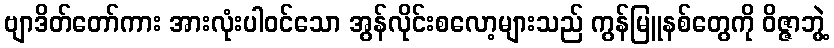
ဗျာဒိတ်တော်ကား အားလုံးပါ၀င်သော အွန်လိုင်းစလော့များသည် ကွန်မြူနစ်တွေကို ဝိဇ္ဇာဘွဲ့